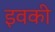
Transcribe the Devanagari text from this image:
इवकी